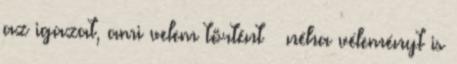
az igazat, ami velem történt – néha véle­ményt is